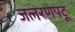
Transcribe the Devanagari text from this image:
जलरणपटू